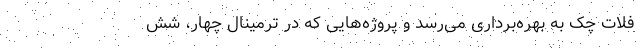
فلات چک به بهره‌برداری می‌رسد و پروژه‌هایی که در ترمینال چهار، شش